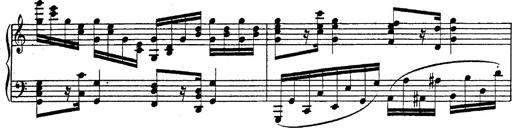
Title: Fantasie Ã¼ber Themen aus Mozarts Figaro und Don Giovanni
Composer: Franz Liszt